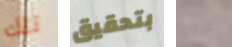
تلك بتحقيق خيال